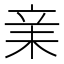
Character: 𣐽